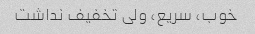
خوب، سریع، ولی تخفیف نداشت